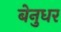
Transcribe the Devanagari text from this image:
बेनुधर